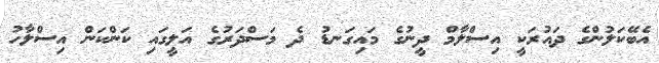
އެބޭކަލުންގެ ދައުރަކީ އިސްލާމް ދީނުގެ މައިގަނޑު ދެ މަސްދަރުގެ އަލީގައި ކަންކަން އިސްލާހު